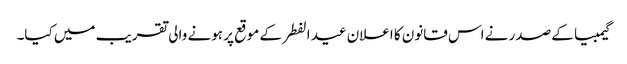
گیمبیا کے صدر نے اس قانون کا اعلان عید الفطر کے موقع پر ہونے والی تقریب میں کیا۔